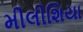
મીલીશિયા